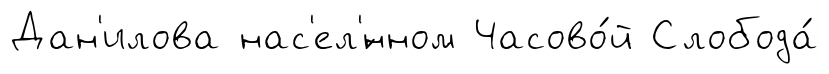
Дан'илова нас'ел'́нном Часово́й Слобода́